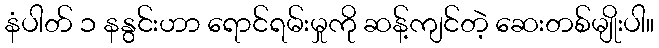
နံပါတ် ၁ နနွင်းဟာ ရောင်ရမ်းမှုကို ဆန့်ကျင်တဲ့ ဆေးတစ်မျိုးပါ။